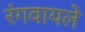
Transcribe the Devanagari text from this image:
रंगवायले